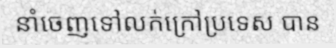
នាំចេញទៅលក់ក្រៅប្រទេស បាន